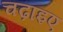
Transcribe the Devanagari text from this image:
चढ़ाइए